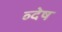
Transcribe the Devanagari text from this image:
व्देष